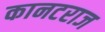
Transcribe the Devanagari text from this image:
कानटराज